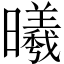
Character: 曦